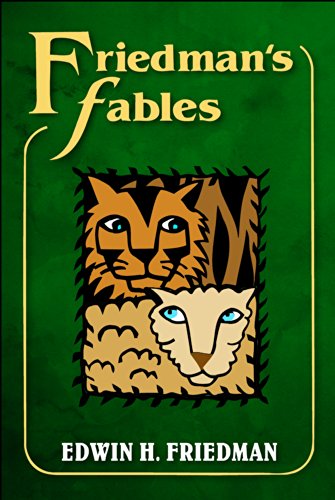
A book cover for Friedman's Fables; Edwin H. Friedman; Christian Books & Bibles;